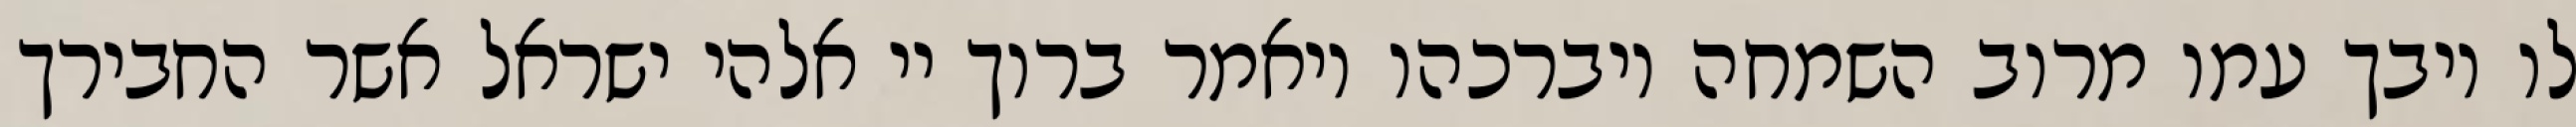
לו ויבך עמו מרוב השמחה ויברכהו ויאמר ברוך יי אלהי ישראל אשר החבירך